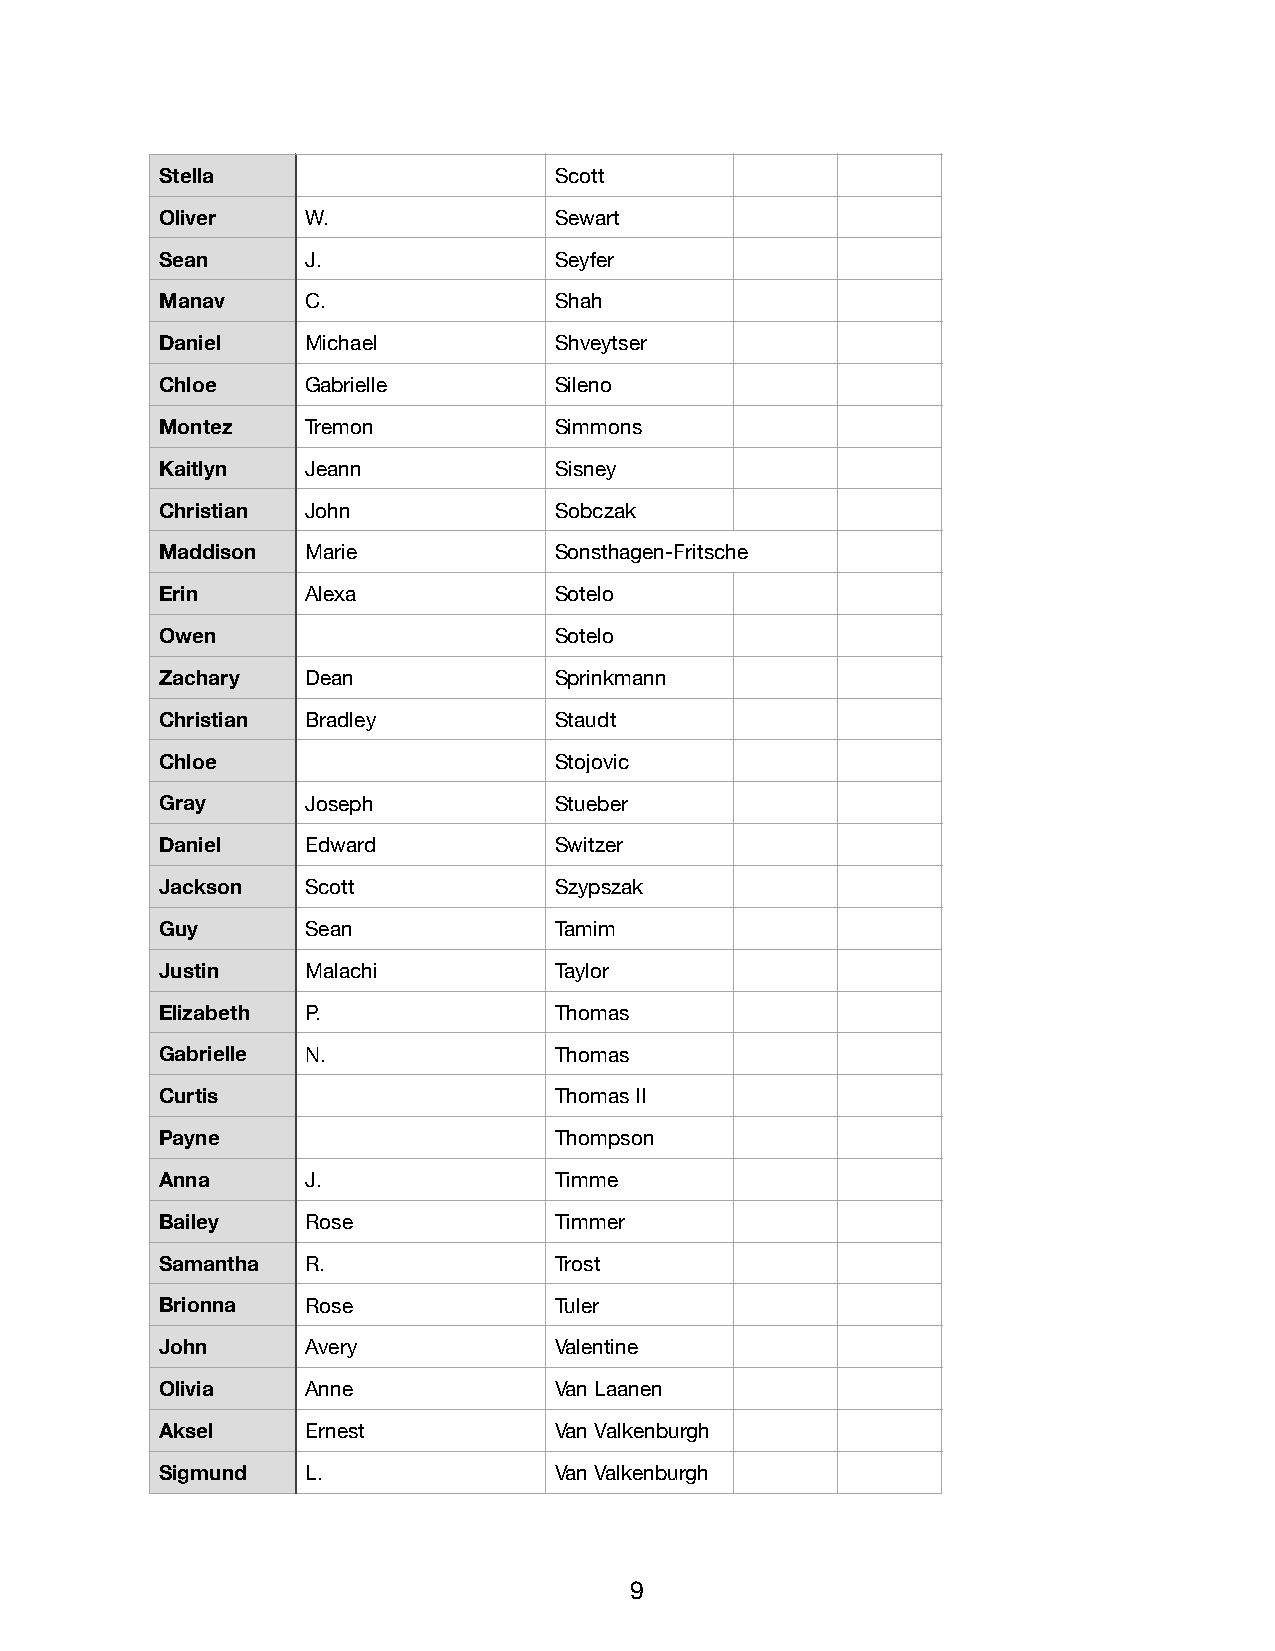
Stella                    Scott
 Oliver   W.               Sewart
 Sean     J.               Seyfer
 Manav    C.               Shah
 Daniel   Michael          Shveytser
 Chloe    Gabrielle        Sileno
 Montez   Tremon           Simmons
 Kaitlyn  Jeann            Sisney
 Christian John            Sobczak
 Maddison Marie            Sonsthagen-Fritsche
 Erin     Alexa            Sotelo
 Owen                      Sotelo
 Zachary  Dean             Sprinkmann
 Christian Bradley         Staudt
 Chloe                     Stojovic
 Gray     Joseph           Stueber
 Daniel   Edward           Switzer
 Jackson  Scott            Szypszak
 Guy      Sean             Tamim
 Justin   Malachi          Taylor
 Elizabeth P.              Thomas
 Gabrielle N.              Thomas
 Curtis                    Thomas II
 Payne                     Thompson
 Anna     J.               Timme
 Bailey   Rose             Timmer
 Samantha R.               Trost
 Brionna  Rose             Tuler
 John     Avery            Valentine
 Olivia   Anne             Van Laanen
 Aksel    Ernest           Van Valkenburgh
 Sigmund  L.               Van Valkenburgh
 9